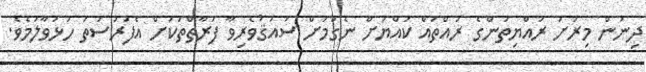
ދިނުން މިރަށު ރައްޔިތުންގެ ރުއްތައް ކުއްޔަށް ނެގުމަށް ސައުޤުވެރިވާ ފަރާތްތަކަށް އެފުރުސަތު ހުޅުވާލަމެވެ.